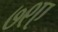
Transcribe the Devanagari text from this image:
७९ए